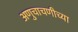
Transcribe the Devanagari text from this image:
अणुचाचणीच्या